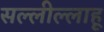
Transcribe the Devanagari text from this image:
सल्लील्लाहू